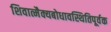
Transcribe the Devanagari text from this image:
शिवात्मैक्यबोधावस्थितिपूर्वक